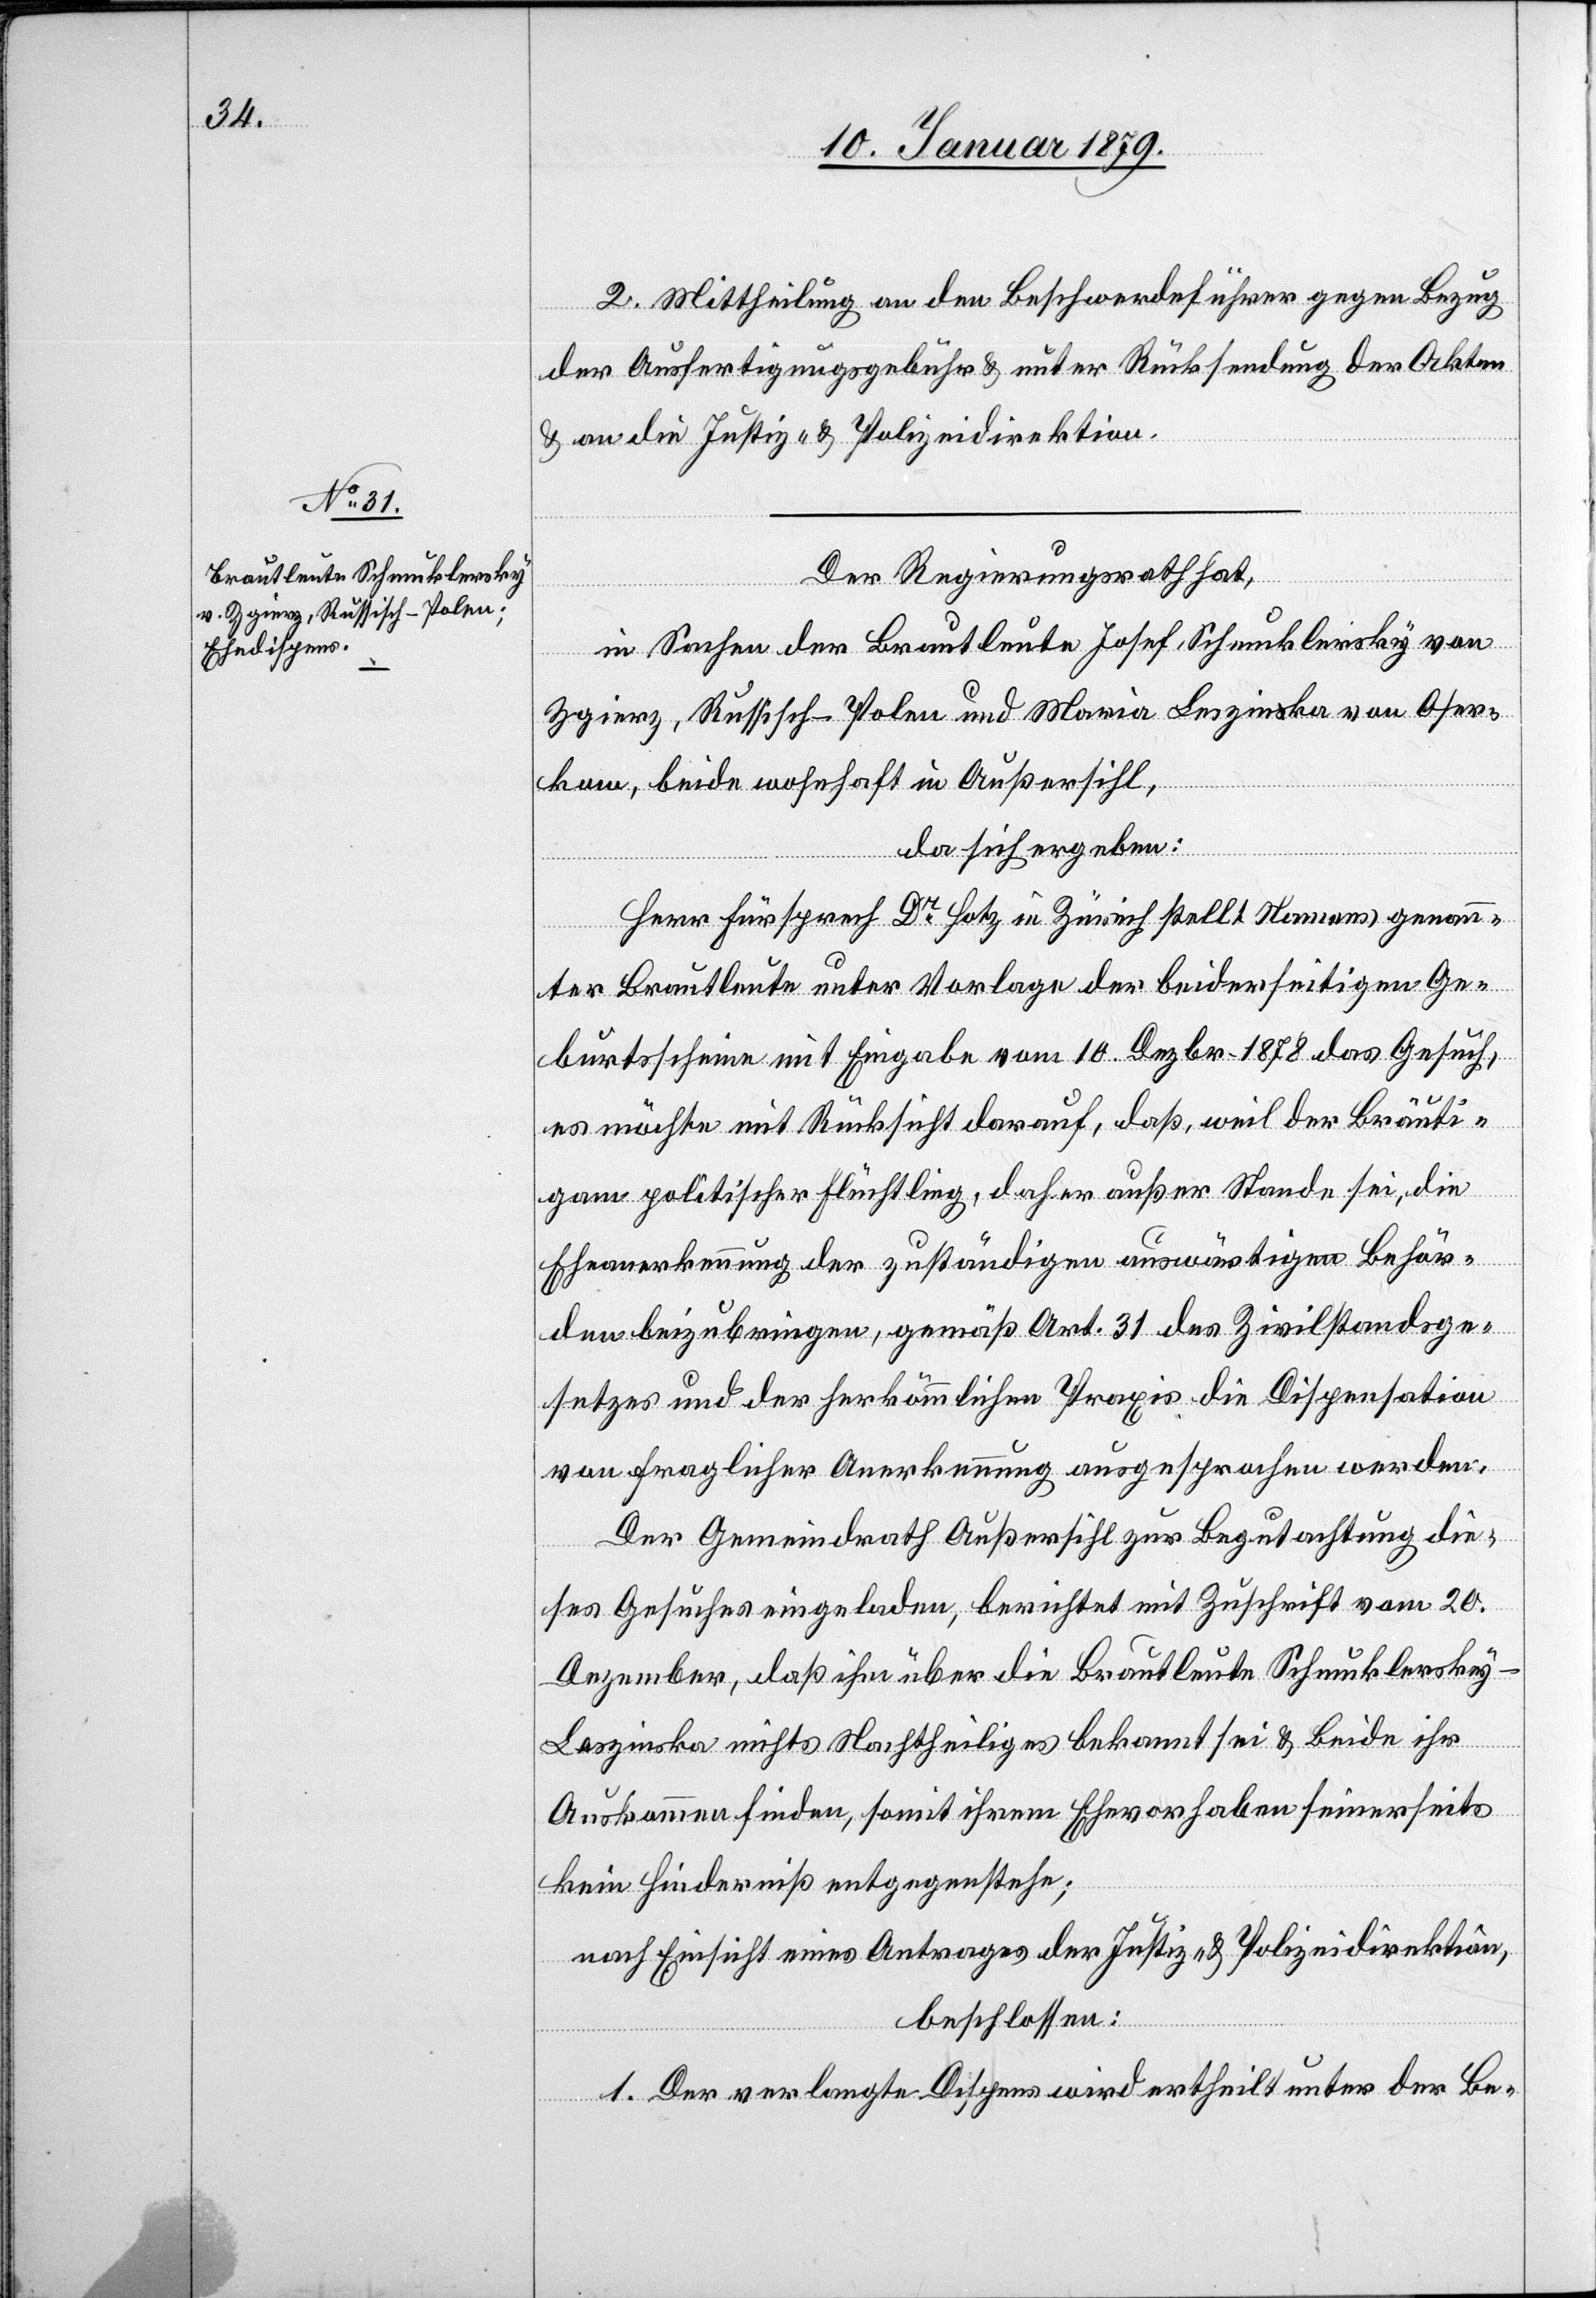
und
Zgierz, Russisch-Polen

2. Mittheilung an den Beschwerdeführer gegen Bezug
der Ausfertigungsgebühr & unter Rücksendung der Akten
& an die Justiz- & Polizeidirektion.
Der Regierungsrath hat,
in Sachen der Brautleute Josef Schmuklersky von
r[?kaw], beide wohnhaft in Außersihl,
da sich ergeben:
Herr Fürsprech Dr Hotz in Zürich stellt Namens genan¬
n¬
ter Brautleute unter Vorlage der beiderseitigen Ge¬
burtsscheine mit Eingabe vom 10. Dezbr. 1878 das Gesuch,
es möchte mit Rücksicht darauf, daß, weil der Bräuti¬
gam politischer Flüchtling, daher außer Stande sei, die
Eheanerkennung der zuständigen auswärtigen Behör¬
den beizubringen, gemäß Art. 31 des Zivilstandsge¬
setzes und der herkömmlichen Praxis die Dispensation
von fraglicher Anerkennung ausgesprochen werden.
Der Gemeindrath Außersihl zur Begutachtung die¬
ses Gesuches eingeladen, berichtet mit Zuschrift vom 20.
Dezember, daß ihm über die Brautleute Schmuklersky-L¬
eszinska nichts Nachtheiliges bekannt sei & Beide ihr
Auskommen finden, somit ihrem Ehevorhaben seinerseits
kein Hinderniß entgegenstehe;
nach Einsicht eines Antrages der Justiz- & Polizeidirektion,
beschlossen:
1. Der verlangte Dispens wird ertheilt unter der Be-